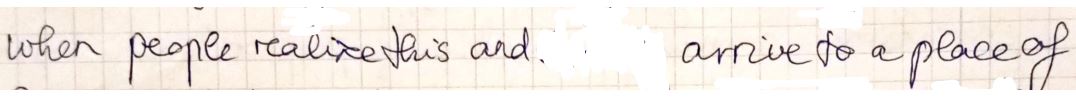
when people realis this and arrive to a place of